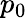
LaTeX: p_{0}